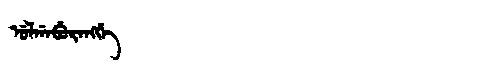
Manchu: ᡠᠯᡤᠠᠪᡠᡵᠠᠩᡤᡝ
Romanization: ULGABURANGGE